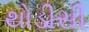
થોડીસી